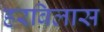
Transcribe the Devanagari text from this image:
हरबिलास